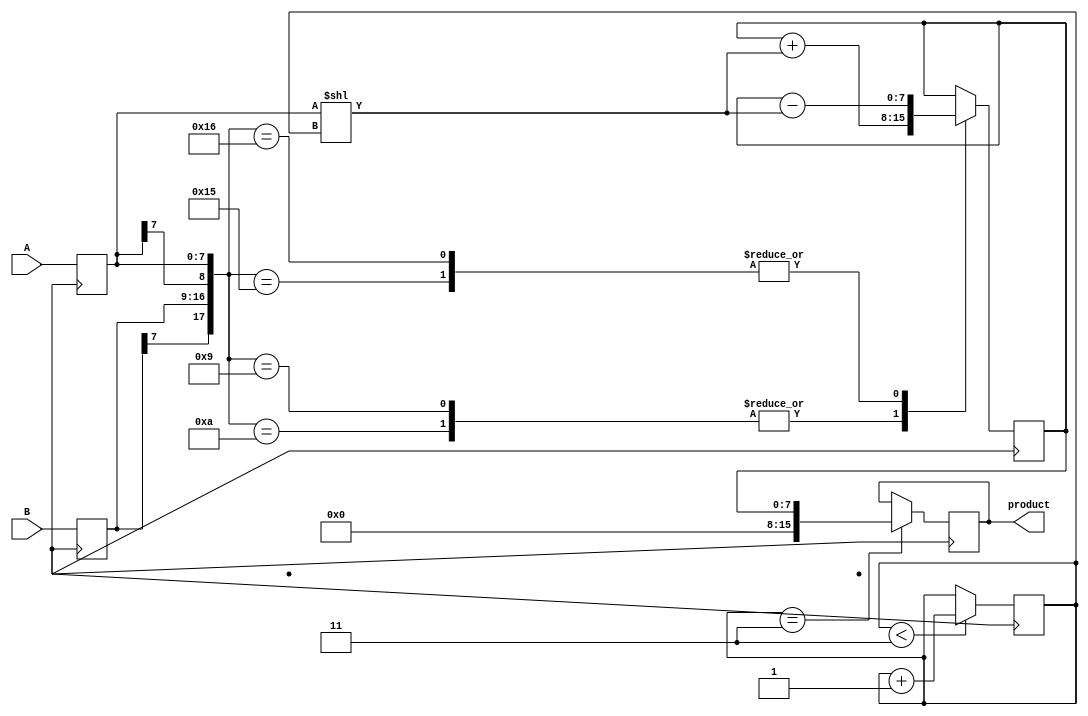
module Booth_Multiplier (
    input [7:0] A,
    input [7:0] B,
    output reg [15:0] product
);

reg [7:0] A_reg, B_reg;
reg [3:0] count;
reg [7:0] partial_product;

always @ (posedge clk) begin
    A_reg <= A;
    B_reg <= B;
    
    // Booth Encoder
    case ({{B_reg[7], B_reg}, {A_reg[7], A_reg}})
        8'b01001, 8'b01010: partial_product <= partial_product + (A_reg << count);
        8'b10110, 8'b10101: partial_product <= partial_product - (A_reg << count);
        default: partial_product <= partial_product;
    endcase

    // Accumulator
    if (count == 3)
        product <= {8'b00000000, partial_product};
    
    // Multiplier
    if (count < 3)
        count <= count + 1;
end

endmodule